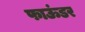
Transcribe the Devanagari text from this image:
फाऊंडर